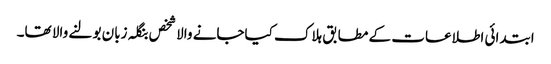
ابتدائی اطلاعات کے مطابق ہلاک کیاجانے والا شخص بنگلہ زبان بولنے والا تھا۔